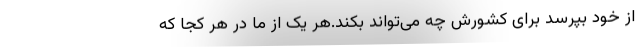
از خود بپرسد برای کشورش چه می‌تواند بکند.هر یک از ما در هر کجا که